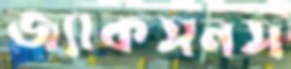
জ্যাকসনস